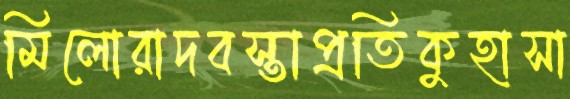
মিলোরাদবস্তাপ্রতিকুহাসা